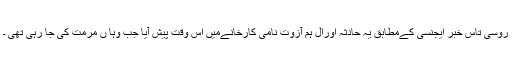
روسی تاس خبر ایجنسی کےمطابق یہ حادثہ اورال ہم آزوت نامی کارخانےمیں اس وقت پیش آیا جب وہا ں مرمت کی جا رہی تھی ۔